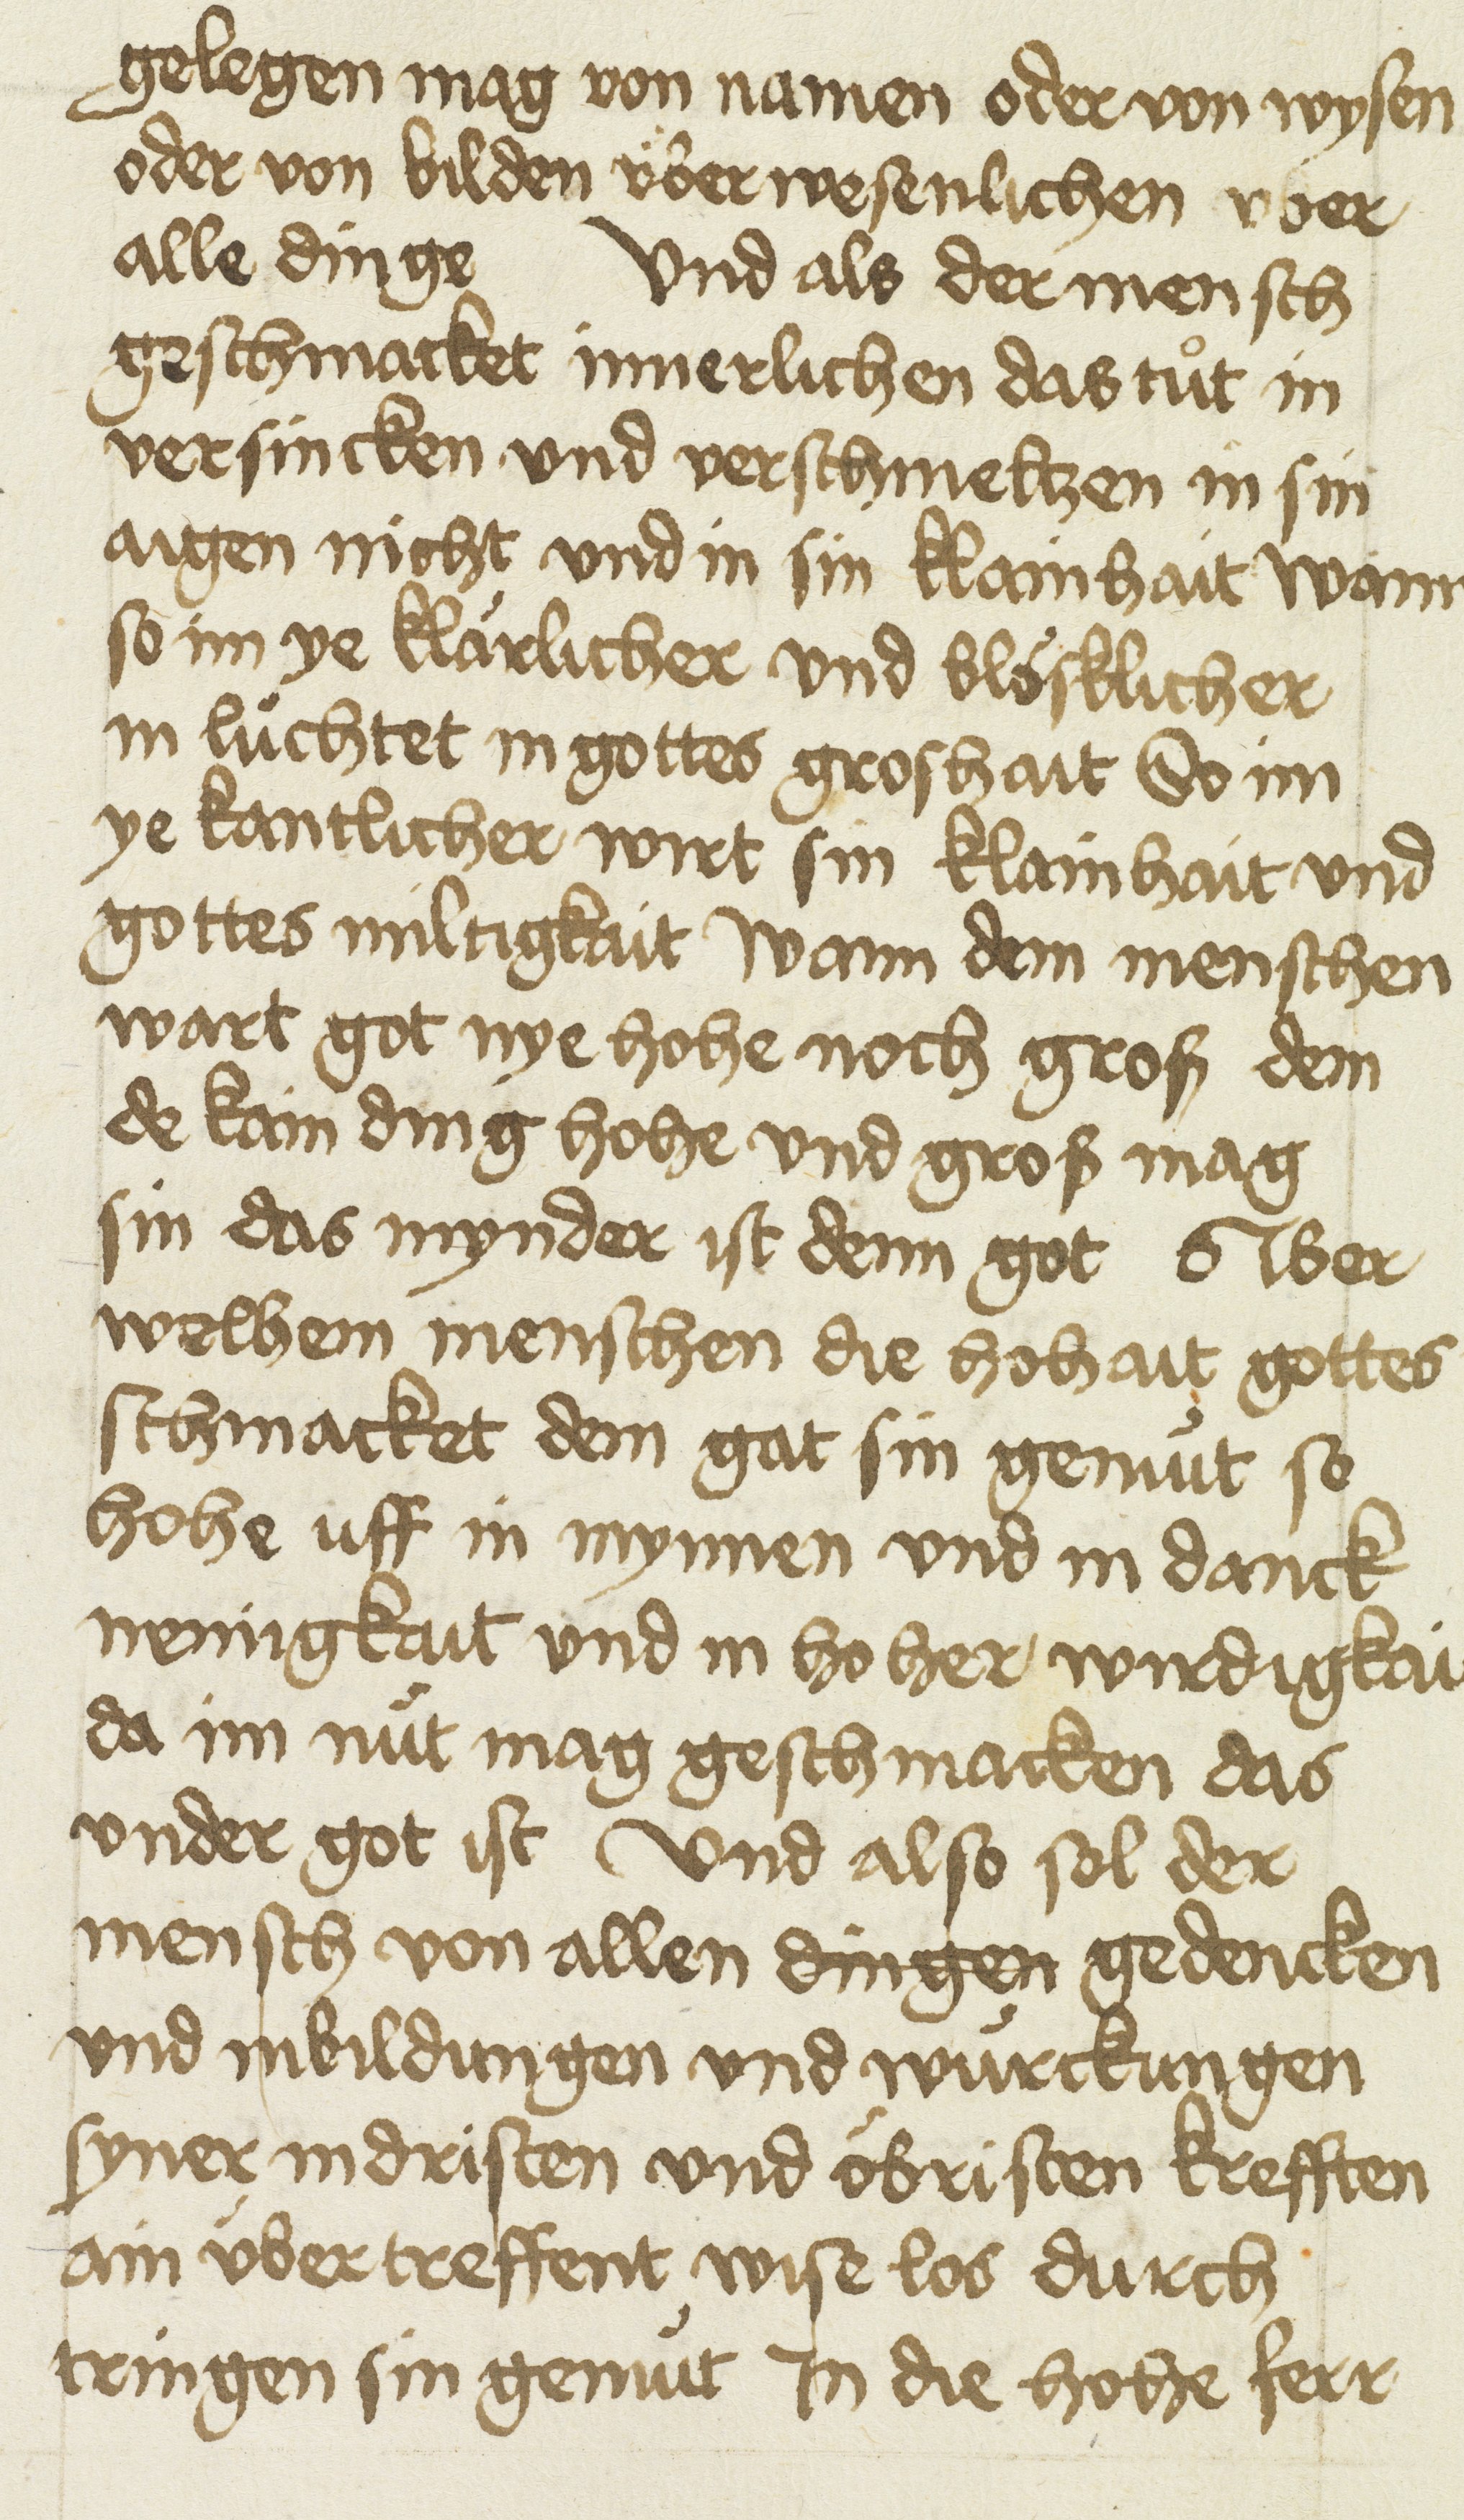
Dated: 1400–1499